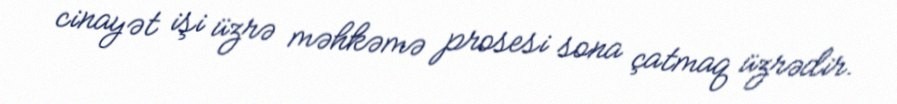
cinayət işi üzrə məhkəmə prosesi sona çatmaq üzrədir.